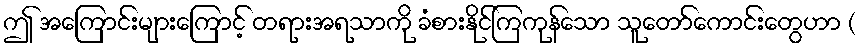
ဤ အကြောင်းများကြောင့် တရားအရသာကို ခံစားနိုင်ကြကုန်သော သူတော်ကောင်းတွေဟာ (